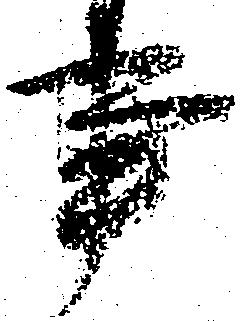
事